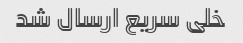
خلی سریع ارسال شد